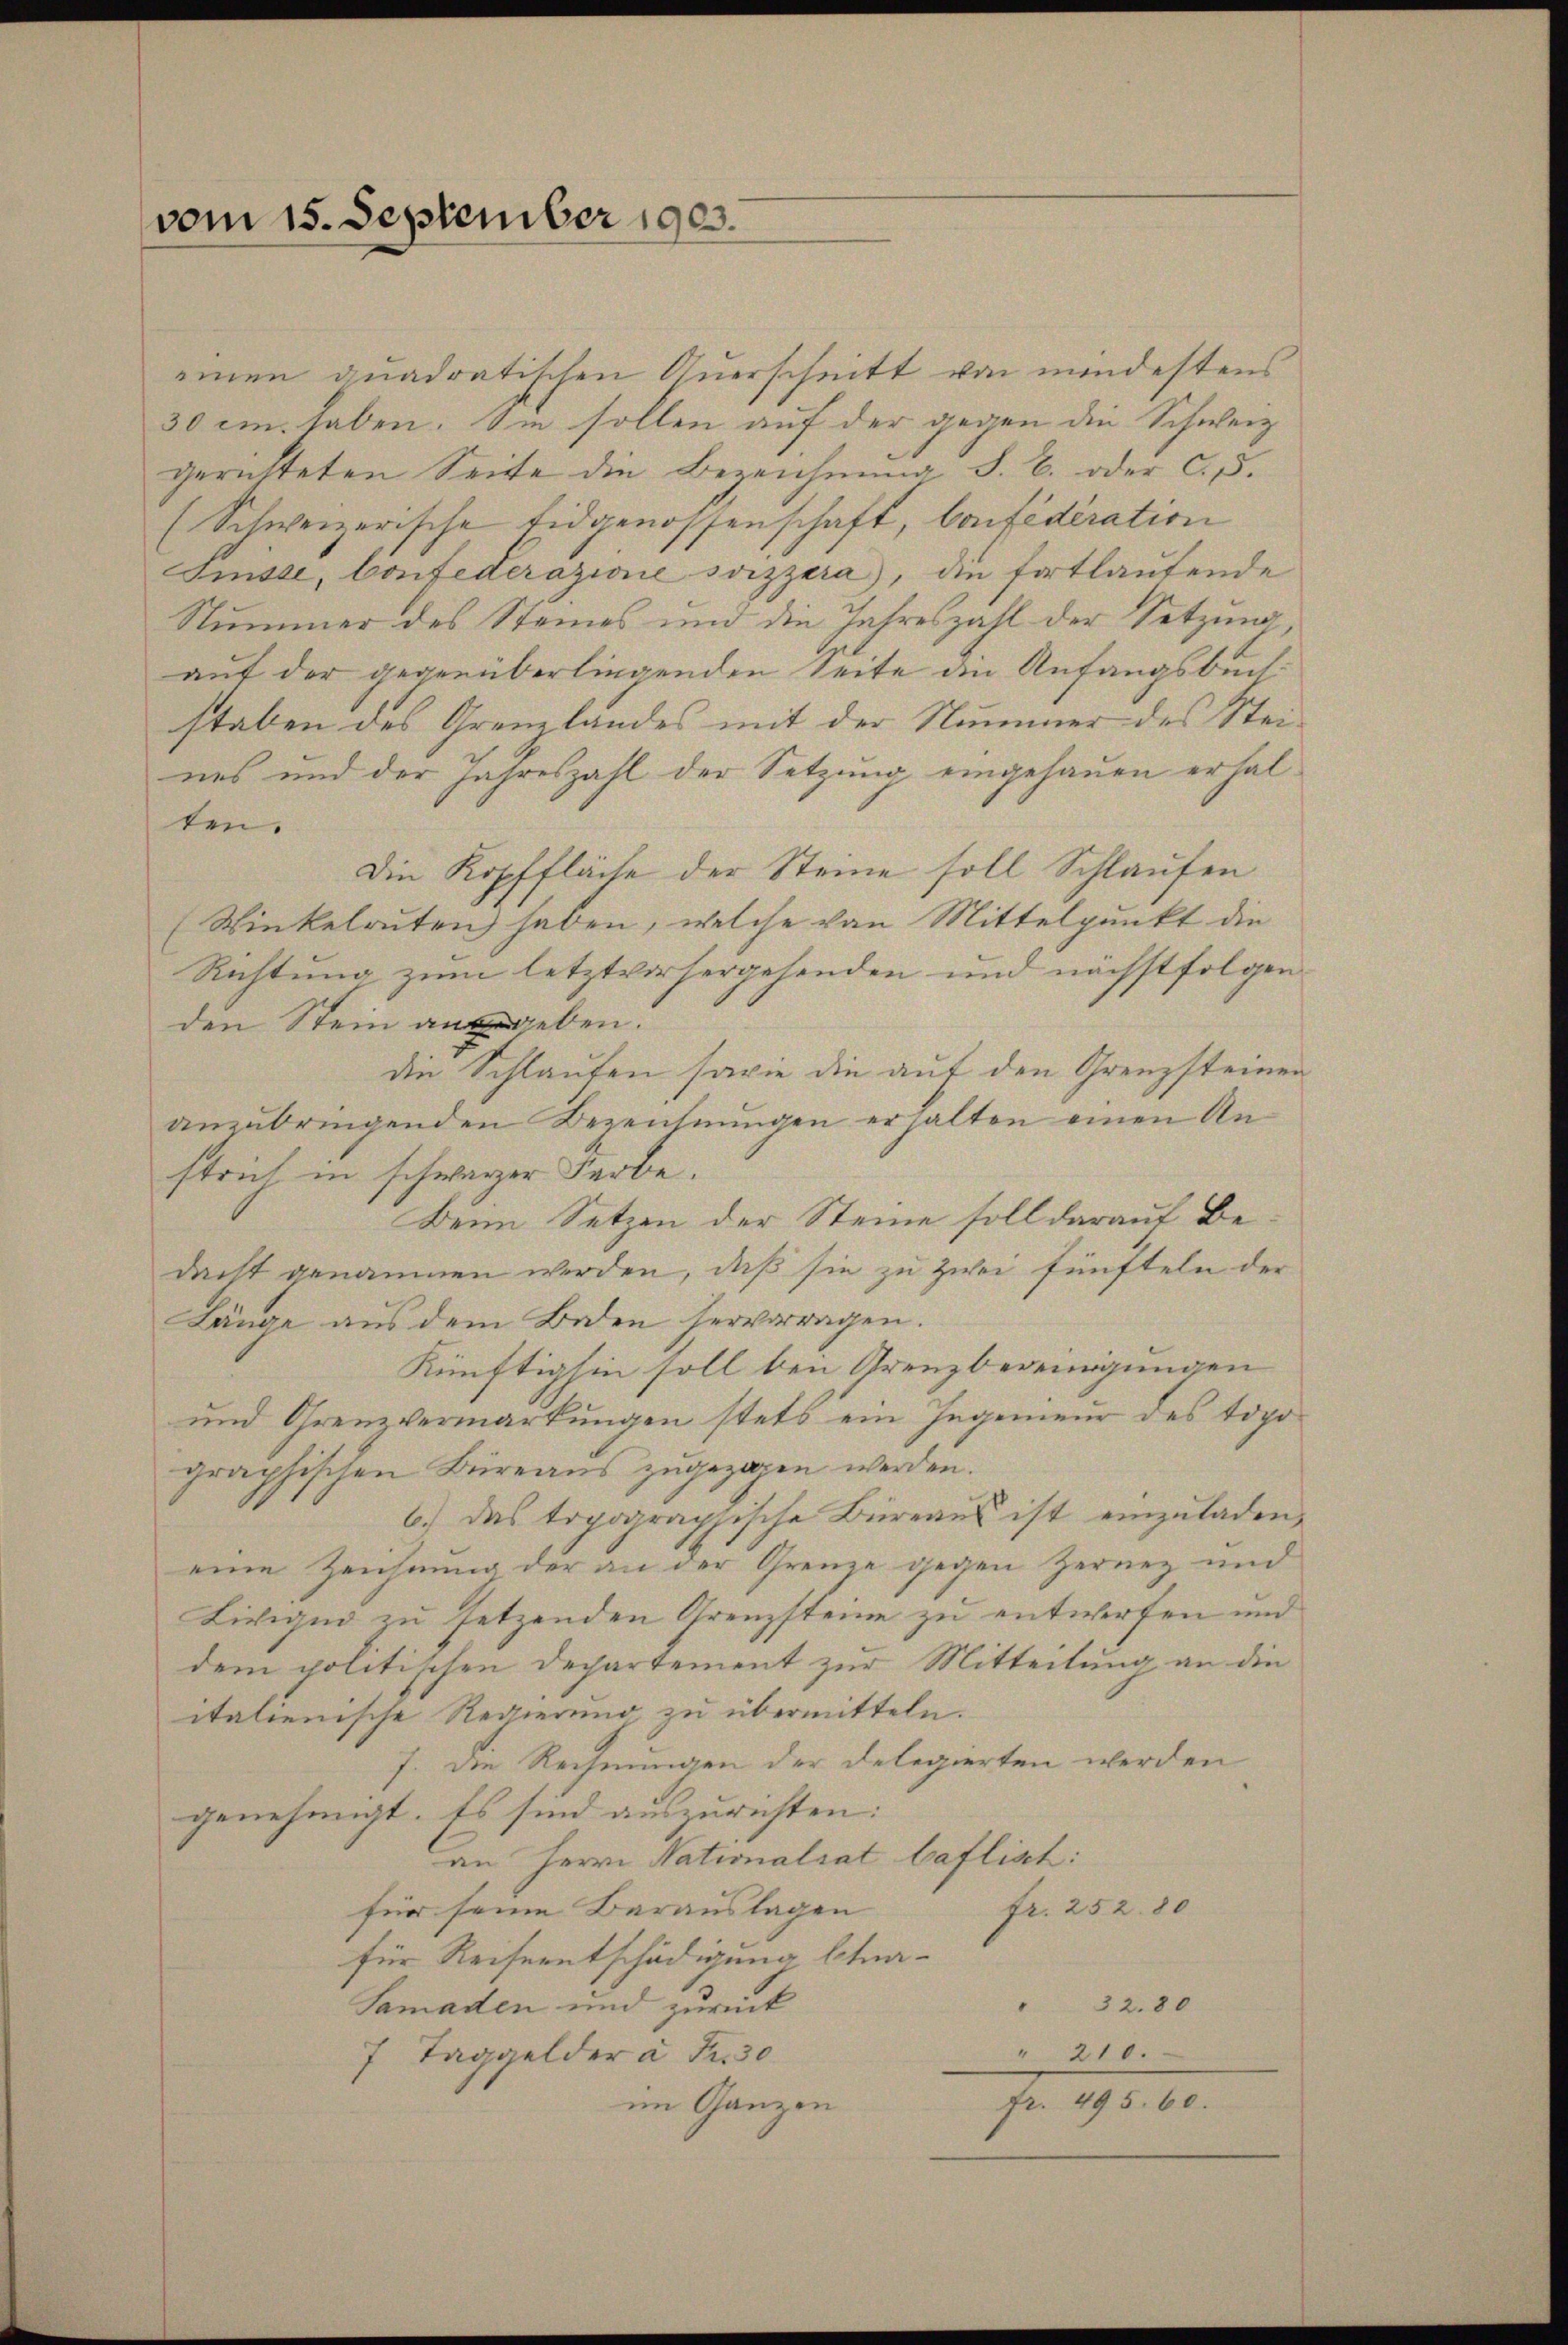
vom 15. September 1903.

einen quadratischen Auerschnitt von mindestens
30 im haben. Sie sollen auf der gegen die Schweiz
gerütteten Seite die Bezeichnung S. B. oder c. 5.
(Schweizerische Eidgenossenschaft, Confederation
Sinste, Confederazione soizzara), die fortlautende
Nummer des Steines und die Jahreszahl der Setzung
auf der gegenüberliegenden Seite die Anfangsbuchstaben des Grenzlandes mit der Nummer des Steines und der Jahreszahl der Setzung eingehauen erhalten.
Die Kopffläche der Steine soll Schlaufen
(Winkelruten haben, welche von Mittelpunkt die
Richtung zum letztvorhergehenden und nächstfolgen
den Stein angeben.
die Schlaufen sowie die auf den Grenzsteinen
anzubringenden Bezeichnungen erhalten einen An-
strich in schwarzer Farbe.
Beim Setzen der Steine soll darauf Bedacht genommen werden, daß sie zu zwei fünfteln der
Länge aus dem Boden hervorragen.
Künftighin soll bei Grenzbereinigungen
und Grenzvermarkungen stets ein Ingenieur des topo
graphischen Büreaus zugezogen werden.
6.) Das topographische Büreaus ist einzuladen,
eine Zeichnung der an der Grenze gegen Zernez und
Liviquo zu setzenden Grenzsteine zu entwerfen und
dem politischen Departement zur Mitteilung an die
italienische Regierung zu übermitteln.
7. Die Rechnungen der Delegierten werden
genehmigt. Es sind auszurichten:
an Herrn Nationalrat baflisch:
für seine Darauslagen
fr. 252. 80
für Reiseentschädigung bena¬
32.80
Samaden und zurück
7 Taggelder à Fr. 30
210.
fr. 495. 60.
im Ganzen